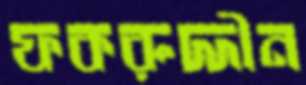
ফকরুদ্দীন